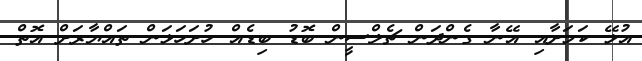
އުޅޭ ކަމަށާއި އޭނާ ގެންދަން ޗެލްސީން ބޮޑު ބިޑެއް ހުށަހަޅަން ތައްޔާރަށް އޮތް